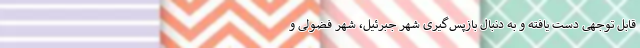
قابل توجهی دست یافته و به دنبال بازپس‌گیری شهر جبرئیل، شهر فضولی و